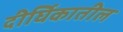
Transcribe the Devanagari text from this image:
दीर्घिकातील